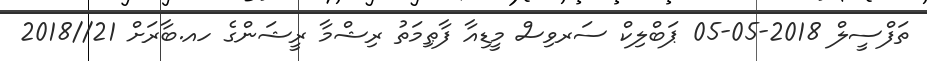
ތަފްސީލް 2018-05-05 ޕަބްލިކް ސަރވިސް މީޑިއާ ފާޠިމަތު ރިޝްމާ ރީޝަންގެ ހއ.ބާރަށް 21//2018